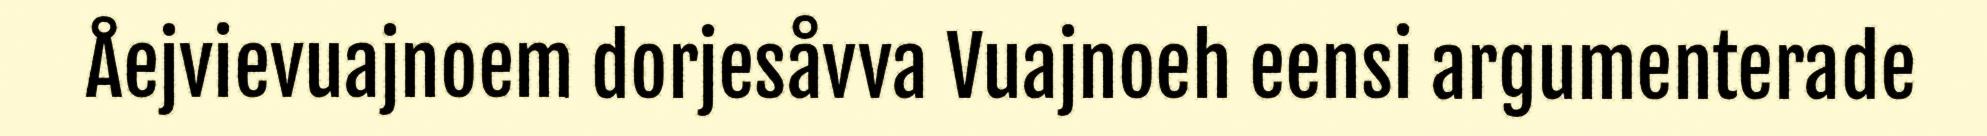
Åejvievuajnoem dorjesåvva Vuajnoeh eensi argumenterade